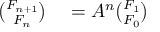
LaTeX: \begin{array} { r l } { { \binom { F _ { n + 1 } } { F _ { n } } } } & { { } = A ^ { n } { \binom { F _ { 1 } } { F _ { 0 } } } } \end{array}